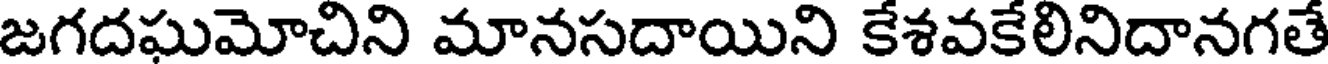
జగదఘమోచిని మానసదాయిని కేశవకేలినిదానగతే